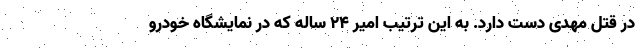
در قتل مهدی دست دارد. به این ترتیب امیر ۲۴ ساله که در نمایشگاه خودرو